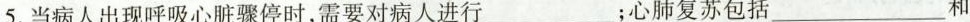
5.当病人出现呼吸心脏骤停时，需要对病人进行___；心肺复苏包括___和